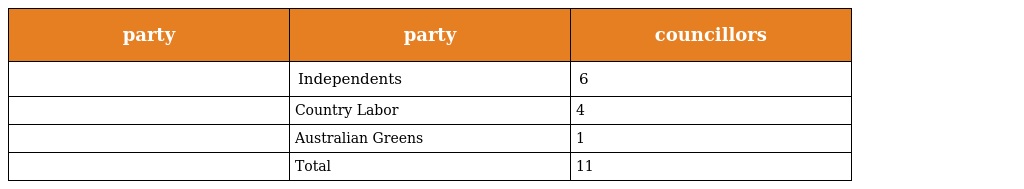
| party | party | councillors |
 | --- | --- | --- |
 |  | Independents | 6 |
 |  | Country Labor | 4 |
 |  | Australian Greens | 1 |
 |  | Total | 11 |